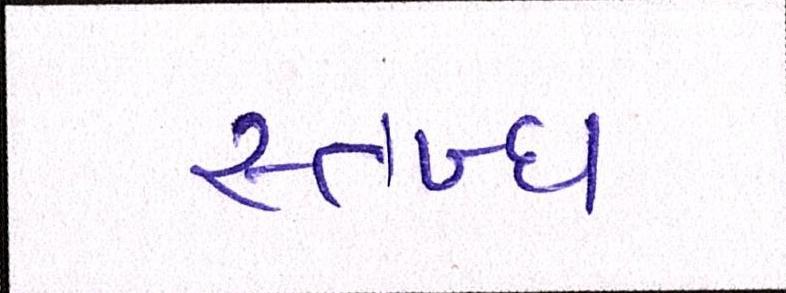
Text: સ્તબ્ધ